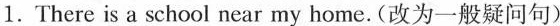
1.There is a school near my home.(改为一般疑问句)